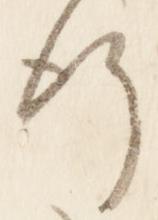
行